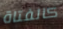
كالفتاة